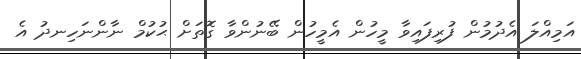
އަމިއްލަ އެދުމުން ފުރިފައިވާ މީހުން އެމީހުން ބޭނުންވާ ގޮތަށް ޙުކުމް ނާންނަހިނދު އެ